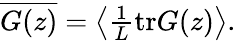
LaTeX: \begin{array}{r}{\overline{{G(z)}}=\left<\frac{1}{L}\mathrm{tr}G(z)\right>.}\end{array}